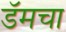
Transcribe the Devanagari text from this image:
डॅमचा